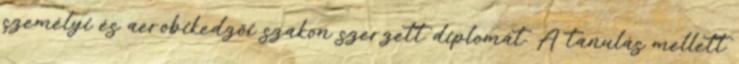
személyi és aerobikedzői szakon szerzett diplomát. A tanulás mellett